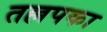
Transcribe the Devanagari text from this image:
तल्लपका